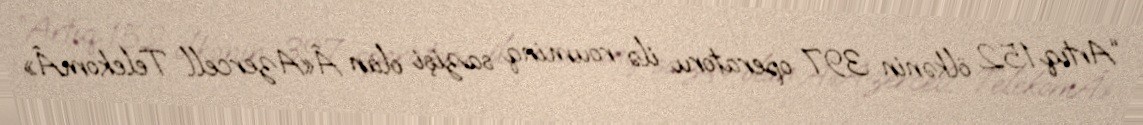
“Artıq 152 ölkənin 397 operatoru ilə rouminq sazişi olan Â«Azercell TelekomÂ»